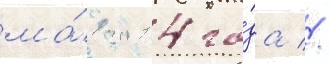
ма́я 2014 го́да //